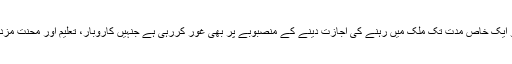
حکومت پاکستان مخصوص تعداد میں ایسے افغانوں کو ایک خاص مدت تک ملک میں رہنے کی اجازت دینے کے منصبوبے پر بھی غور کررہی ہے جنہیں کاروبار، تعلیم اور محنت مزدوری کے لیے سرکاری پرمٹ جاری کیے جائیں گے۔